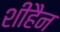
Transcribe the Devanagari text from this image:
शीहैन